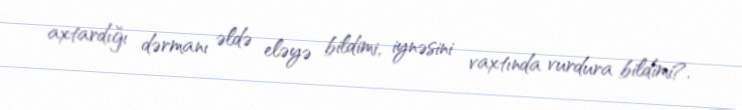
axtardığı dərmanı əldə eləyə bildimi, iynəsini vaxtında vurdura bildimi?.